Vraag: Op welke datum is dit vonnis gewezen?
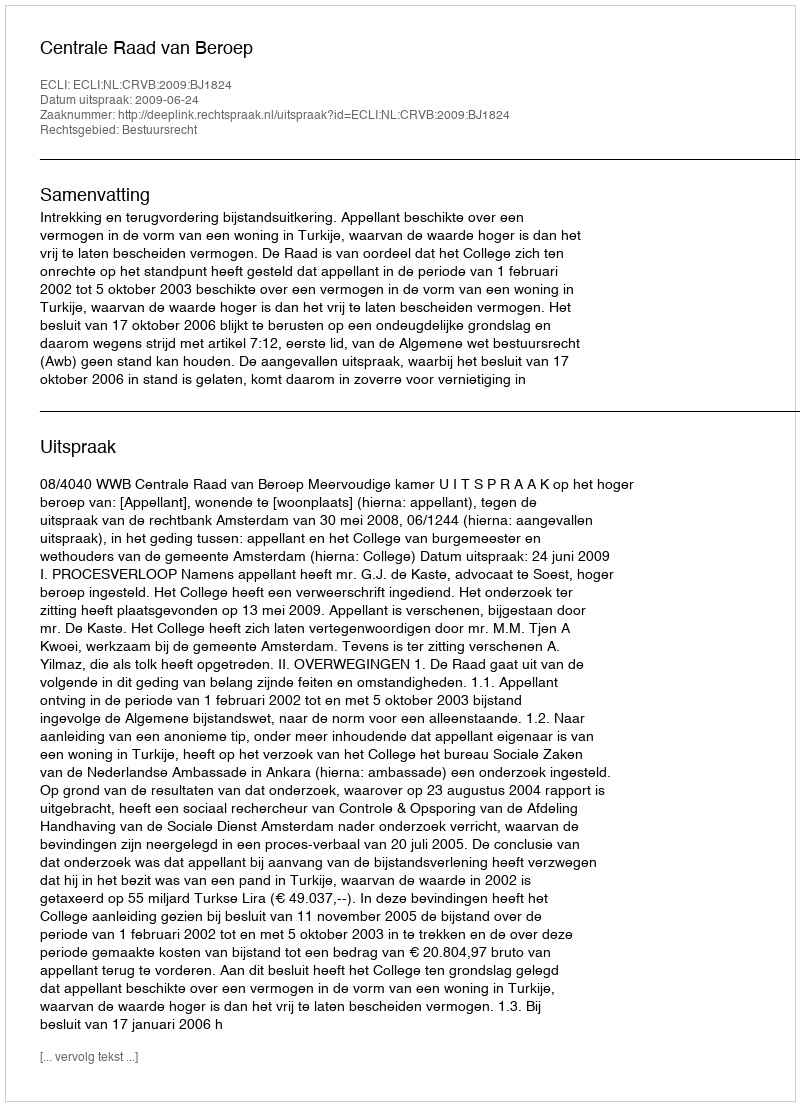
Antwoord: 2009-06-24